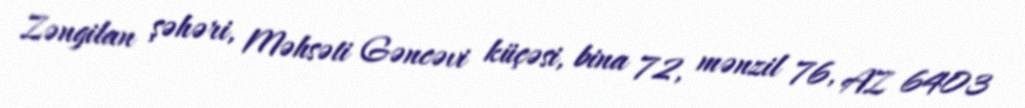
Zəngilan şəhəri, Məhsəti Gəncəvi küçəsi, bina 72, mənzil 76, AZ 6403